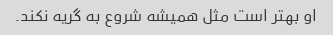
او بهتر است مثل همیشه شروع به گریه نکند.